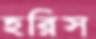
হরিস